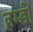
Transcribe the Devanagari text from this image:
हम्डी